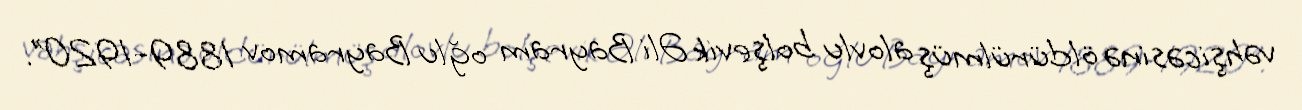
vəhşicəsinə öldürülmüş alovlu bolşevik Əli Bayram oğlu Bayramov 1889-1920”.